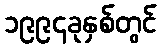
၁၉၉၄ခုနှစ်တွင်